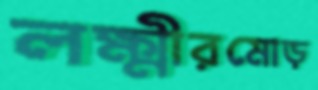
লক্ষ্মীরমোড়